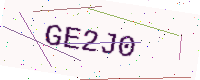
Text: GE2J0